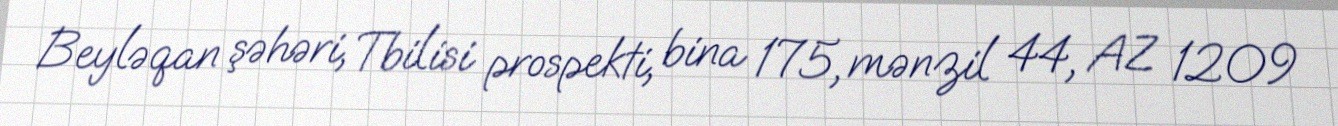
Beyləqan şəhəri, Tbilisi prospekti, bina 175, mənzil 44, AZ 1209